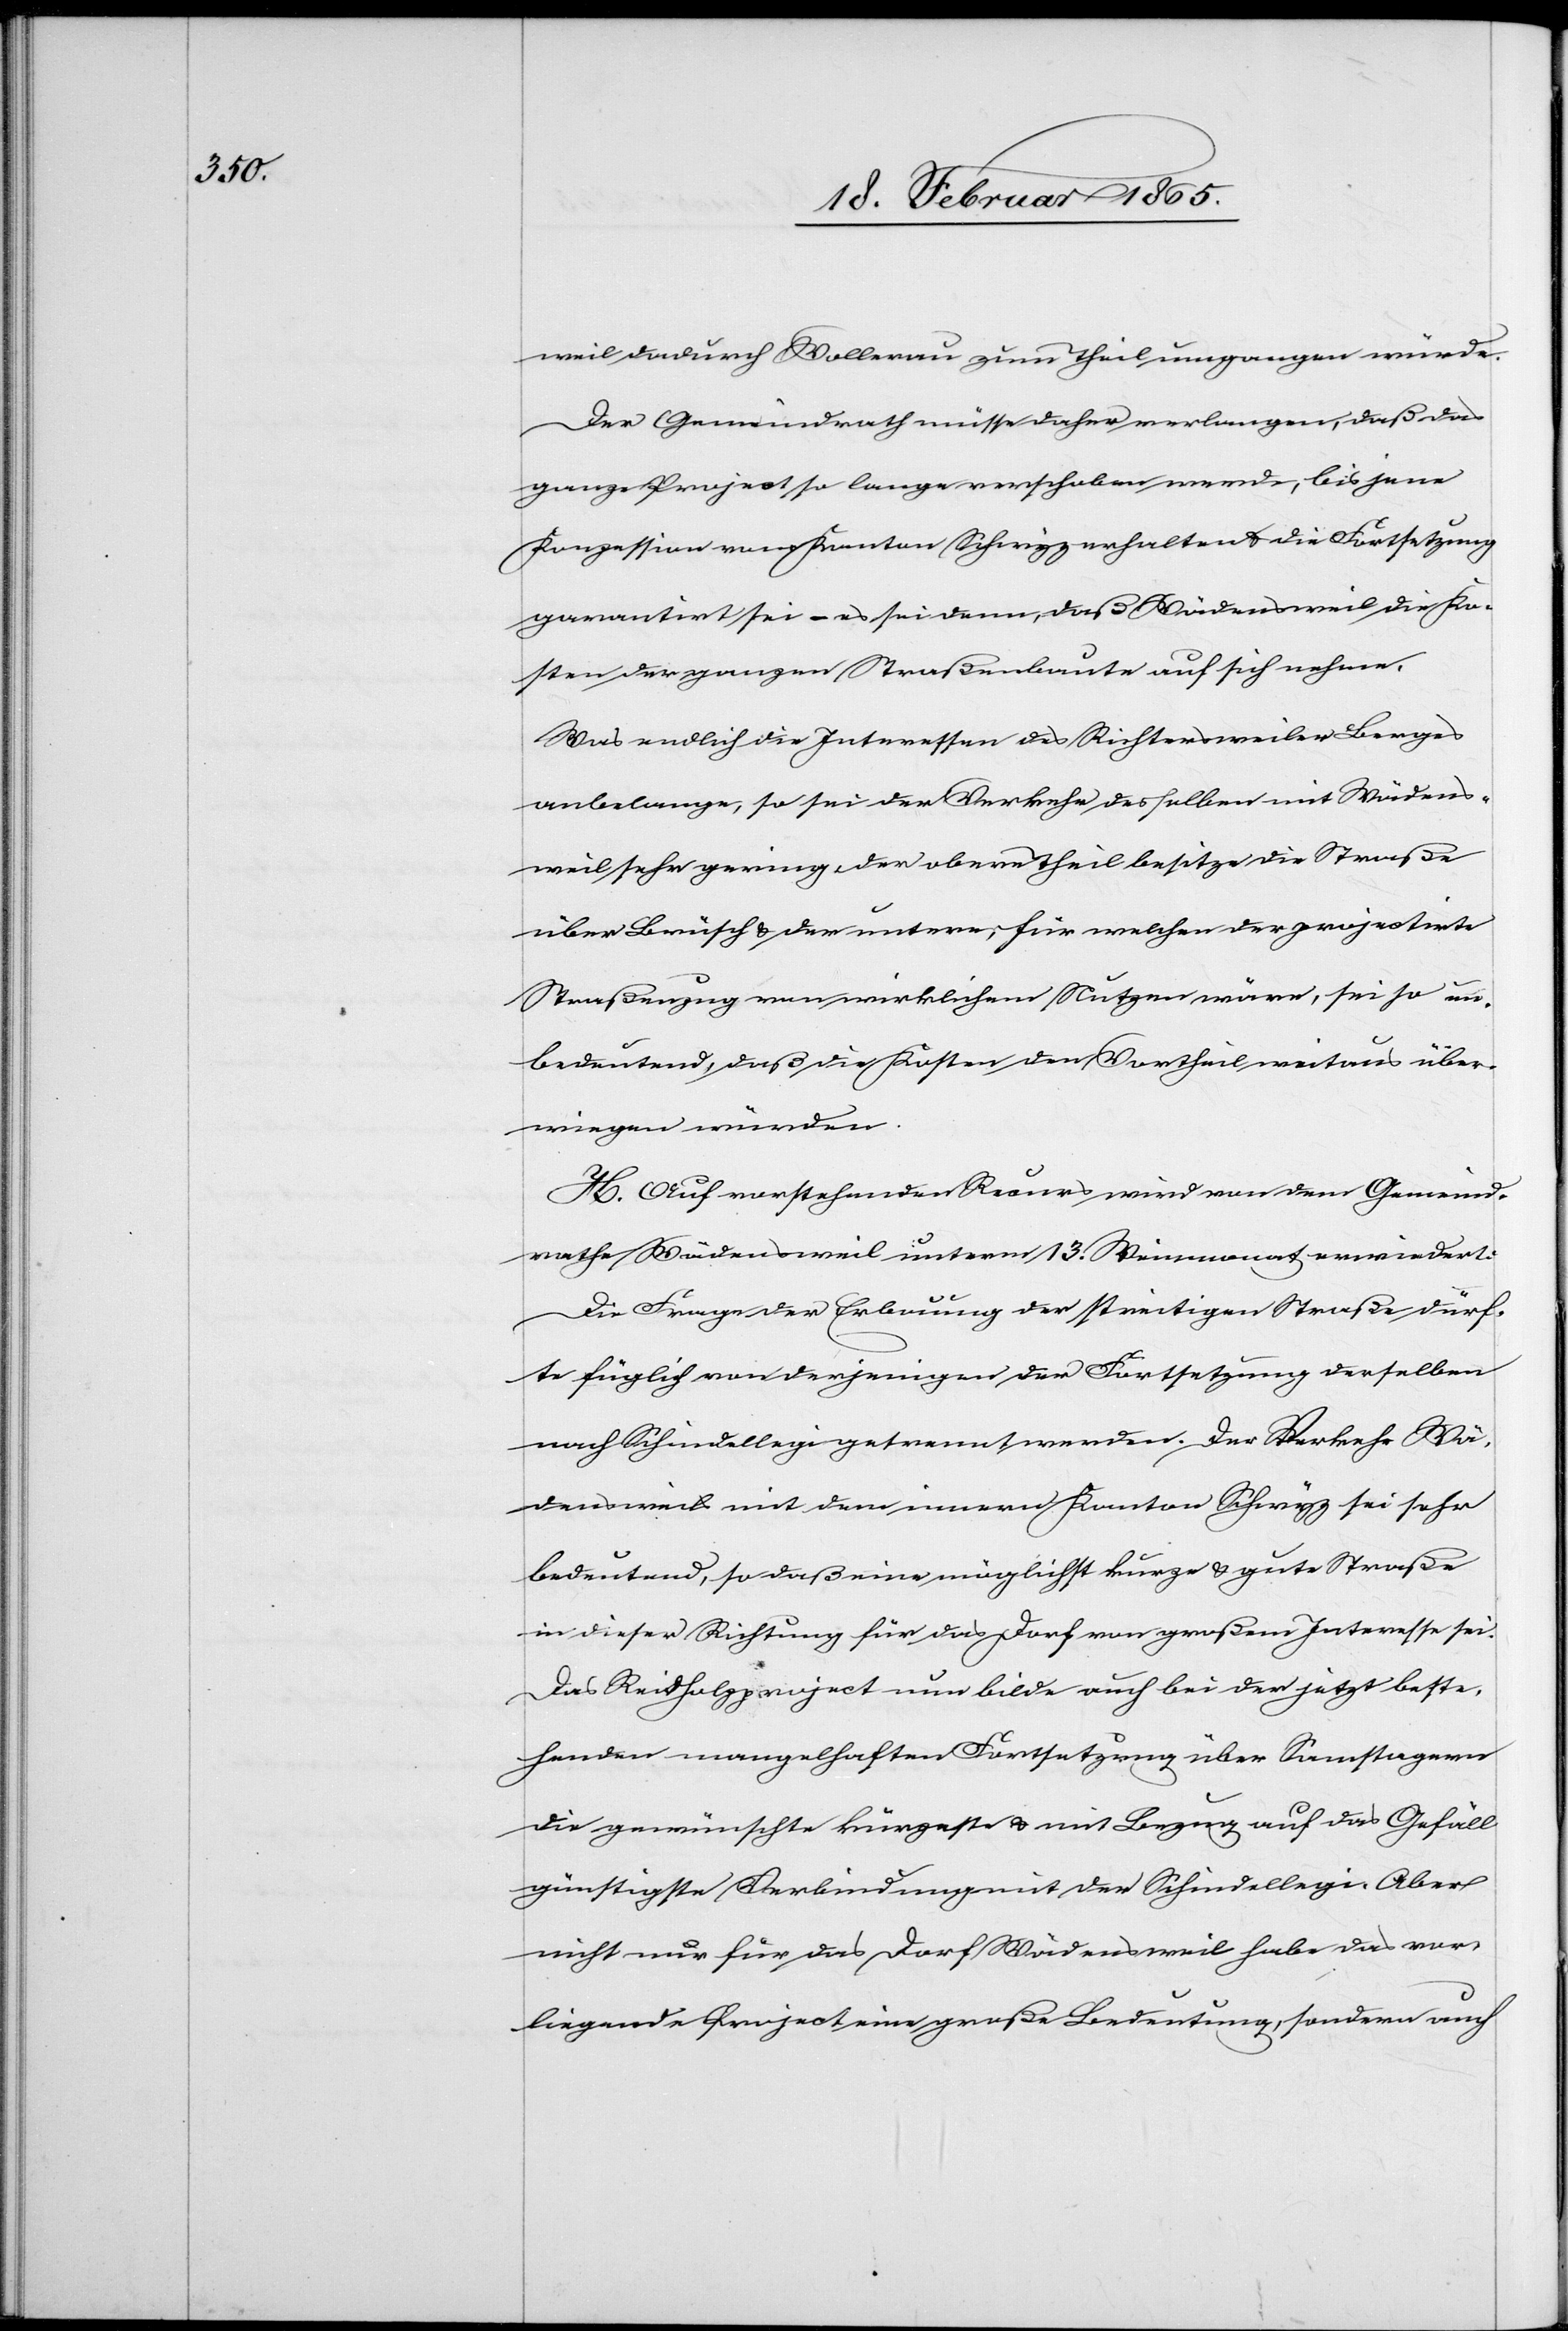
weil dadurch Wollerau zum Theil umgangen würde.
Der Gemeindrath müsse daher verlangen, daß das
ganze Project so lange verschoben werde, bis jene
Konzession vom Kanton Schwyz erhalten u. die Fortsetzung
garantirt sei – es sei denn, daß Wädensweil die Ko¬
sten der ganzen Straßenbaute auf sich nehme.
Was endlich die Interessen des Richtersweiler Berges
anbelange, so sei der Verkehr desselben mit Wädens¬
weil sehr gering. Der obere Theil besitze die Straße
über Brüsch u. der untere, für welchen der projectirte
Straßenzug von wirklichem Nutzen wäre, sei so un¬
bedeutend, daß die Kosten den Vortheil weitaus über¬
wiegen würden.
H. Auf vorstehenden Recurs wird von dem Gemeind¬
rathe Wädensweil unterm 13. Weinmonat erwiedert:
Die Frage der Erbauung der streitigen Straße dürf¬
te füglich von derjenigen der Fortsetzung derselben
nach Schindellegi getrennt werden. Der Verkehr Wä¬
densweil mit dem innern Kanton Schwyz sei sehr
bedeutend, so daß eine möglichst kurze u. gute Straße
in dieser Richtung für das Dorf von großem Interesse sei.
Das Reidholzproject nun bilde auch bei der jetzt beste¬
henden mangelhaften Fortsetzung über Samstagern
die gewünschte kürzeste u. mit Bezug auf das Gefäll
günstigste Verbindung mit der Schindellegi. Aber
nicht nur für das Dorf Wädensweil habe das vor¬
liegende Project eine große Bedeutung, sondern auch